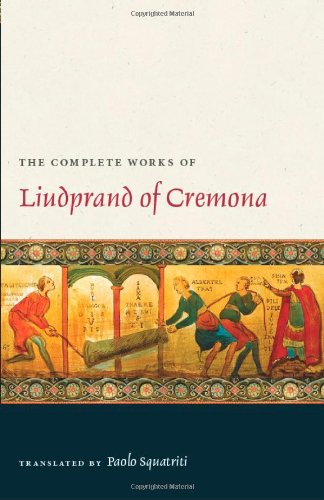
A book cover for The Complete Works of Liudprand of Cremona (Medieval Texts in Translation); Luidprand; Literature & Fiction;